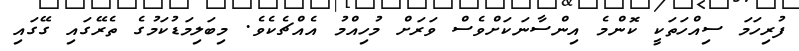
ފުރިހަމަ ސިއްހަތަކީ ކޮންމެ އިންސާނަކަށްވެސް ވަރަށް މުހިއްމު އެއްޗެކެވެ. މިބަލިމަޑުކަމުގެ ތެރޭގައި ގޭގައި